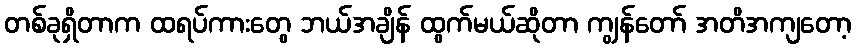
တစ်ခုရှိတာက ထရပ်ကားတွေ ဘယ်အချိန် ထွက်မယ်ဆိုတာ ကျွန်တော် အတိအကျတော့